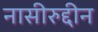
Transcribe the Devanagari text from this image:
नासीरुद्दीन